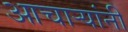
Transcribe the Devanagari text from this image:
आचार्‍यांनी